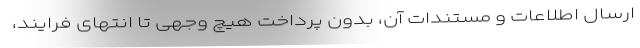
ارسال اطلاعات و مستندات آن، بدون پرداخت هیچ وجهی تا انتهای فرایند،